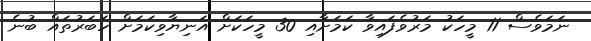
ނަމަވެސް 11 މީހަކު މަރުވެފައިވާ ކަމަށާއި 30 މީހަކަށް އަނިޔާވިކަމަށް ހަބަރުތައް ބުނެ